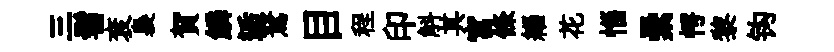
三髫袞裊賀鱗逅駑目程印斛其宫條緇花惱纍愕黎钩